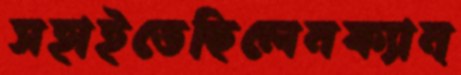
সহাইতেছিলেনক্যান্